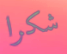
شكرا